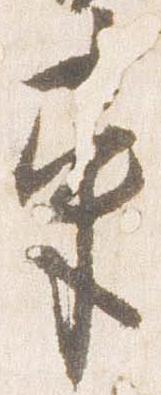
東